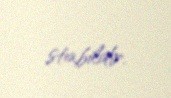
stabildir.